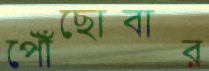
পৌঁছোবার